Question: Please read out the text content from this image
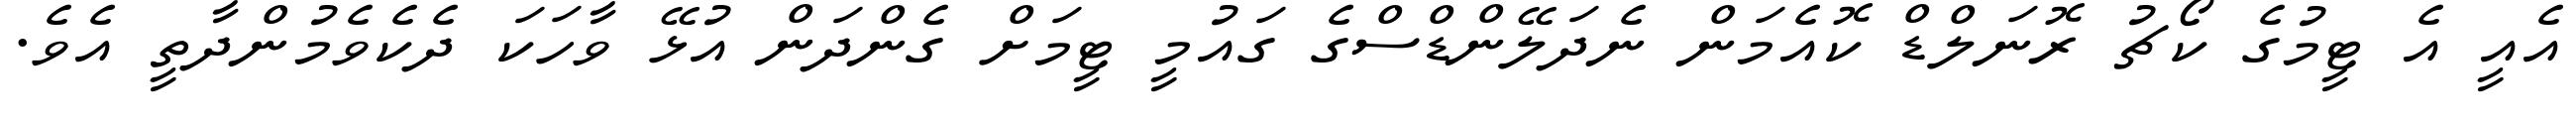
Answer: އެއީ އެ ޓީމުގެ ކޯޗު ރޮނަލްޑް ކޮއެމަން ނެދަލޭންޑްސްގެ ގައުމީ ޓީމަށް ގެންދަން އުޅޭ ވާހަކަ ދެކެވެމުންދާތީ އެވެ.